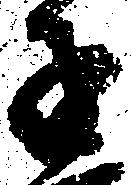
子